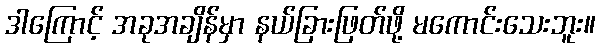
ဒါကြောင့် အခုအချိန်မှာ နယ်ခြားဖြတ်ဖို့ မကောင်းသေးဘူး။